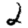
Digit: 2